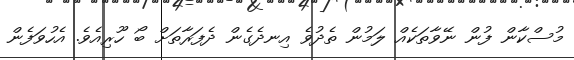
މުސްކާން ފުން ނޭވާތަކެއް ލަމުން ތެދުވެ އިނދެގެން ދެފަރާތަށް ބޯ ހޫރިއެވެ. އެހުވަފެން